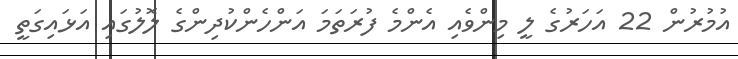
އުމުރުން 22 އަހަރުގެ ލީ މިންވެއި އެންމެ ފުރަތަމަ އަންހެންކުދިންގެ ލޮލުގައި އަޅައިގަތީ